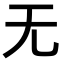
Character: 无